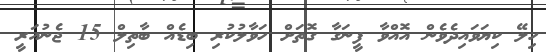
ހިލޭ ކިޔަވައިދެވެން އޮއްވާ ފީނަގާ ގޮތަށް ހަވާލުކުރި ބިޑެއް ބާތިލް 15 ޖެނުއަރީ